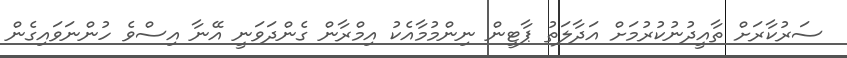
ސަރުކާރަށް ތާއީދުނުކުރުމަށް އަދާލަތު ޕާޓީން ނިންމުމާއެކު އިމްރާން ގެންދަވަނީ އޭނާ އިސްވެ ހުންނަވައިގެން